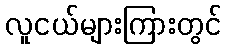
လူငယ်များကြားတွင်